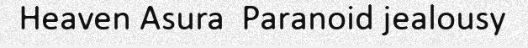
Heaven Asura  Paranoid jealousy